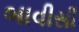
બાવીસી